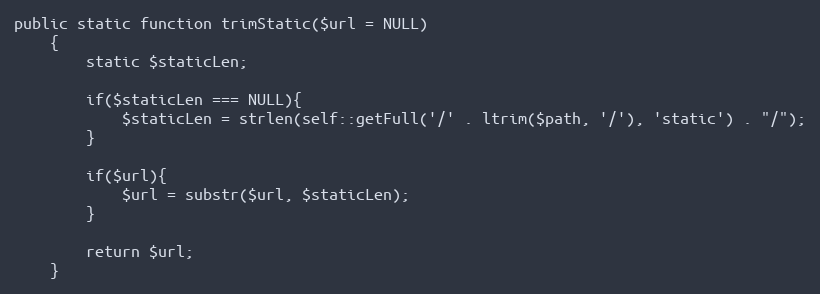
Language: PHP
public static function trimStatic($url = NULL)
    {
        static $staticLen;

        if($staticLen === NULL){
            $staticLen = strlen(self::getFull('/' . ltrim($path, '/'), 'static') . "/");
        }

        if($url){
            $url = substr($url, $staticLen);
        }

        return $url;
    }